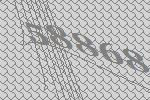
58868